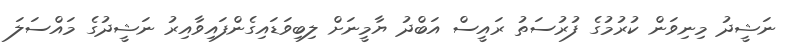
ނަޝީދު މިނިވަން ކުރުމުގެ ފުރުސަތު ރައީސް އަބްދު ޔާމީނަށް ލިބިވަޑައިގެންފައިވާއިރު ނަޝީދުގެ މައްސަލަ